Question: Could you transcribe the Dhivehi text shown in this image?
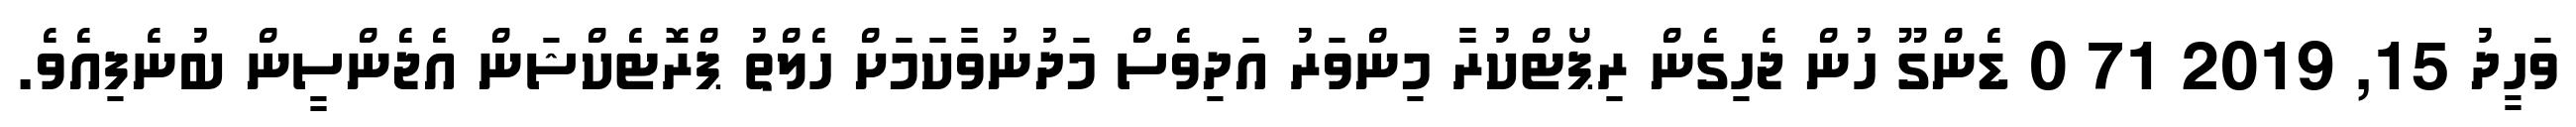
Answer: ވަހީދު 15, 2019 71 0 ޑެންގޫ ހުން ޖެހިގެން ރިޕޯޓްކުރާ މިންވަރު އަދިވެސް މަދުނުވާކަމަށް ހެލްތު ޕްރޮޓެކްޝަން އެޖެންސީން ބުނެފިއެވެ.